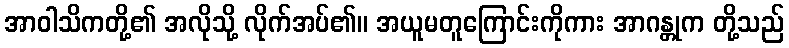
အာဝါသိကတို့၏ အလိုသို့ လိုက်အပ်၏။ အယူမတူကြောင်းကိုကား အာဂန္တုက တို့သည်